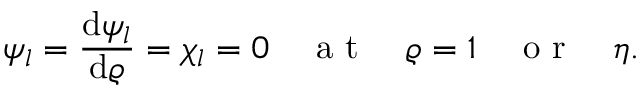
\psi _ { l } = \frac { \mathrm { d } \psi _ { l } } { \mathrm { d } \varrho } = \chi _ { l } = 0 \quad \mathrm { ~ a ~ t ~ } \quad \varrho = 1 \quad \mathrm { ~ o ~ r ~ } \quad \eta .